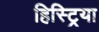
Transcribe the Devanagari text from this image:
हिस्ट्रिया